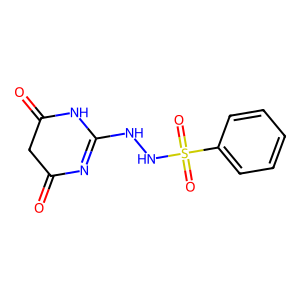
SMILES: O=C1CC(=O)NC(NNS(=O)(=O)c2ccccc2)=N1
Inhibits HIV replication: No